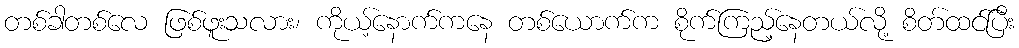
တစ်ခါတစ်လေ ဖြစ်ဖူးသလား၊ ကိုယ့်နောက်ကနေ တစ်ယောက်က စိုက်ကြည့်နေတယ်လို့ စိတ်ထင်ပြီး